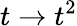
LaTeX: t\to t^{2}